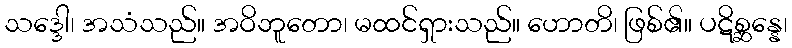
သဒ္ဒေါ၊ အသံသည်။ အဝိဘူတော၊ မထင်ရှားသည်။ ဟောတိ၊ ဖြစ်၏။ ပဋိစ္ဆန္နေ၊